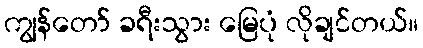
ကျွန်တော် ခရီးသွား မြေပုံ လိုချင်တယ်။